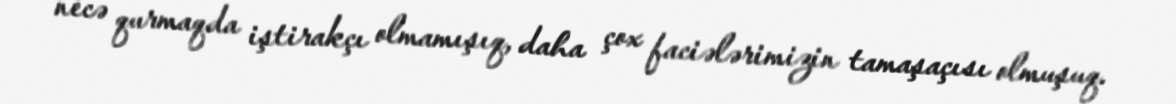
necə qurmaqda iştirakçı olmamışıq, daha çox faciələrimizin tamaşaçısı olmuşuq.